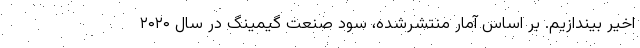
اخیر بیندازیم. بر اساس آمار منتشرشده، سود صنعت گیمینگ در سال ۲۰۲۰